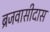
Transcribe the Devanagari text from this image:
ब्रजवासीदास